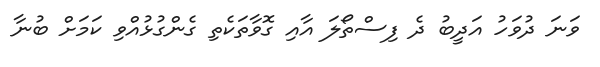
ވަނަ ދުވަހު އަދީބު ދެ ފިސްތޯލަ އާއި ގޮވާތަކެތި ގެންގުޅުއްވި ކަމަށް ބުނާ